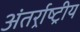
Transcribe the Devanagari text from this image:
अंतर्र्राष्‍ट्रीय